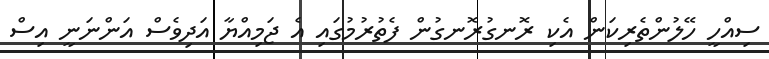
ސިއްހީ ހޭލުންތެރިކަން އެކި ރޮނގުރޮނގުން ފެތުރުމުގައި އެ ޖަމިއްޔާ އަދިވެސް އަންނަނީ އިސް